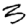
Digit: 3